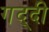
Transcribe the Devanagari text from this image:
गद्‍दी